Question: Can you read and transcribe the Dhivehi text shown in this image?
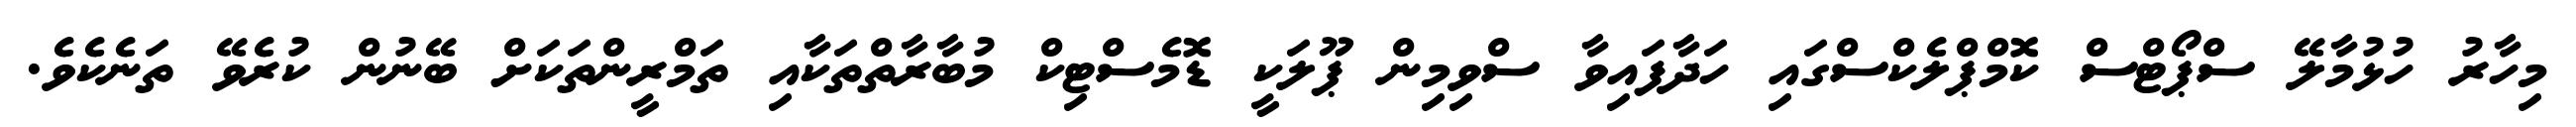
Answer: މިހާރު ހުޅުމާލޭ ސްޕޯޓްސް ކޮމްޕްލެކްސްގައި ހަދާފައިވާ ސްވިމިން ޕޫލަކީ ޑޮމެސްޓިކް މުބާރާތްތަކާއި ތަމްރީންތަކަށް ބޭނުން ކުރެވޭ ތަނެކެވެ.